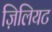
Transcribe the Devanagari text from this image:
ज़िलियट